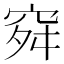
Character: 𥥤